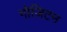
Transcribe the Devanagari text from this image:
गोज़िटन